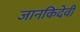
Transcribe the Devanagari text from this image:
जानकिदेवी